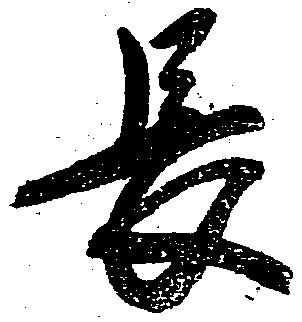
長